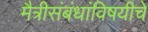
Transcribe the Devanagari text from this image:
मैत्रीसंबंधांविषयीचे